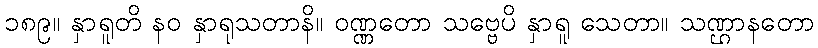
၁၈၉။ နှာရူတိ နဝ နှာရုသတာနိ။ ဝဏ္ဏတော သဗ္ဗေပိ နှာရူ သေတာ။ သဏ္ဌာနတော